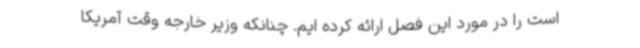
است را در مورد این فصل ارائه کرده ایم. چنانکه وزیر خارجه وقت آمریکا